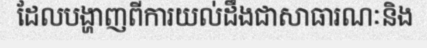
ដែលបង្ហាញពីការយល់ដឹងជាសាធារណៈនិង